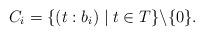
LaTeX: \begin{align*}C_i = \{ (t:b_i) \mid t\in T\}\backslash\{0\}.\end{align*}